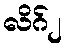
လိဂ်၂